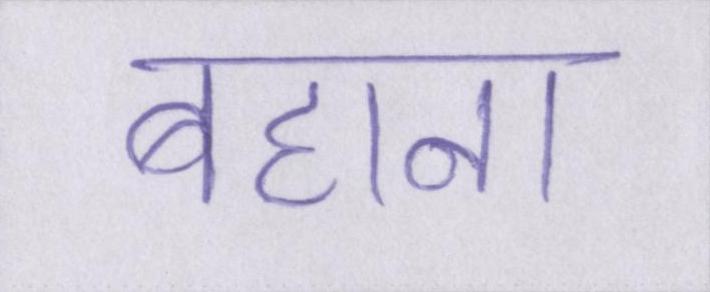
बहाना